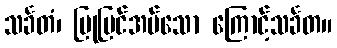
သင်္ခတံ၊ ပြုပြင်အပ်သော ကြောင့်သင်္ခတ။